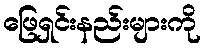
ဖြေရှင်းနည်းများကို